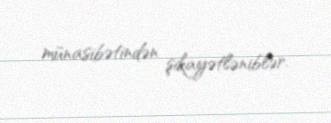
münasibətindən şikayətləniblər.